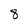
Character: 8